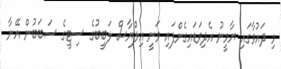
މި ދައުވާގައި ޔާމީނު އެދިވަޑައިގެންފައި ވަނީ އިލްޔާސް ލަބީބުގެ ސިޓީގެ ސަބަބުން އޭނާ